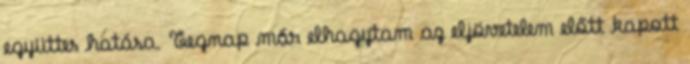
együttes hatása. Tegnap már elhagytam az eljövetelem előtt kapott